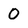
Character: 0